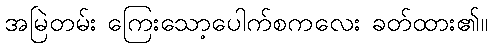
အမြဲတမ်း ကြေးသော့ပေါက်စကလေး ခတ်ထား၏။